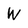
Character: W